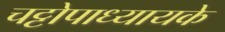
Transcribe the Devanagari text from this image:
चट्टोपाध्यायके